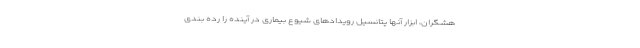
هشگران، ابزار آنها پتانسیل رویدادهای شیوع بیماری در آینده را رده بندی